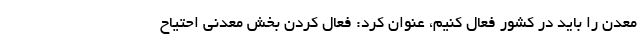
معدن را باید در کشور فعال کنیم، عنوان کرد: فعال کردن بخش معدنی احتیاح